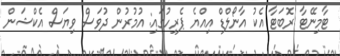
ޓާމިނޭޓާ ރޮބަޓާ އެކު އާނޯލްޑް އިއްޔެ ޕެރިހުގައި: އުމުރުން ދުވަސް ވިޔަސް އެކްޝަން